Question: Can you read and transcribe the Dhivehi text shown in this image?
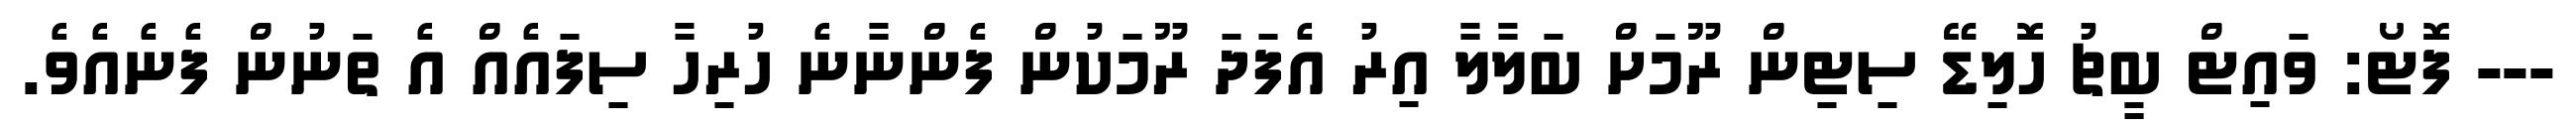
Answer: --- ފޮޓޯ: ވައިޓް ބީޗު ހޮލިޑޭ ސިޓިން ރޫމަށް ބަލާލާ އިރު އެފަދަ ރޫމަކުން ފެންނާނެ ހުރިހާ ސިފައެއް އެ ތަނުން ފެނެއެވެ.